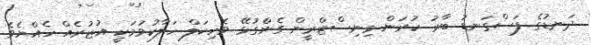
ދަނޑުގެ ފަސްގަނޑު ބާރު ކުރަން މިނިސްޓްރީން ގެންގުޅޭ ވެހިކަލް ހަލާކުވުމަކީ އުޒުރެއް ހެއްޔެވެ